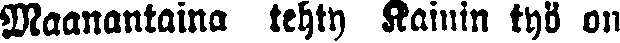
Maanantaina tehty Rainin työ on